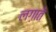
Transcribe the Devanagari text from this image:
लग़ाते